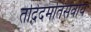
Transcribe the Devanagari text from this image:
तदिदमतिसर्वाय